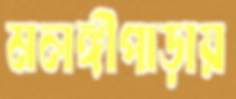
মলঙ্গীপাড়ায়